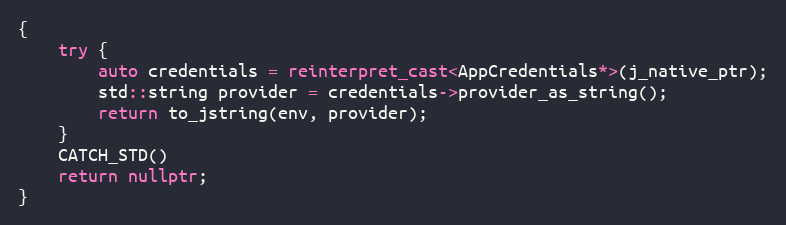
Language: C++
{
    try {
        auto credentials = reinterpret_cast<AppCredentials*>(j_native_ptr);
        std::string provider = credentials->provider_as_string();
        return to_jstring(env, provider);
    }
    CATCH_STD()
    return nullptr;
}